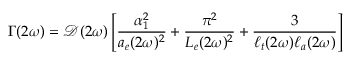
\Gamma ( 2 \omega ) = \mathcal { D } ( 2 \omega ) \left[ \frac { \alpha _ { 1 } ^ { 2 } } { a _ { e } ( 2 \omega ) ^ { 2 } } + \frac { \pi ^ { 2 } } { L _ { e } ( 2 \omega ) ^ { 2 } } + \frac { 3 } { \ell _ { t } ( 2 \omega ) \ell _ { a } ( 2 \omega ) } \right]